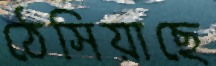
ঠেসিয়াছে